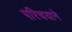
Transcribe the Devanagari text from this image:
परिचयाने